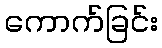
ကောက်ခြင်း